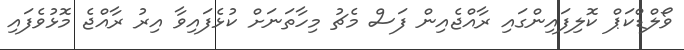
ވޯލްޑްކަޕް ކޮލިފައިންގައި ރާއްޖެއިން ފަސް މެޗު މިހާތަނަށް ކުޅެފައިވާ އިރު ރާއްޖެ މޮޅުވެފައި